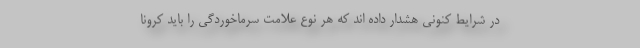
در شرایط کنونی هشدار داده اند که هر نوع علامت سرماخوردگی را باید کرونا